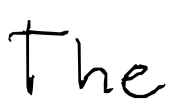
Text: The
Cross-out: clean
Writing tool: digital_black